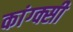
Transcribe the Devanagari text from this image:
कांग्क्सी